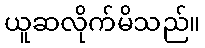
ယူဆလိုက်မိသည်။